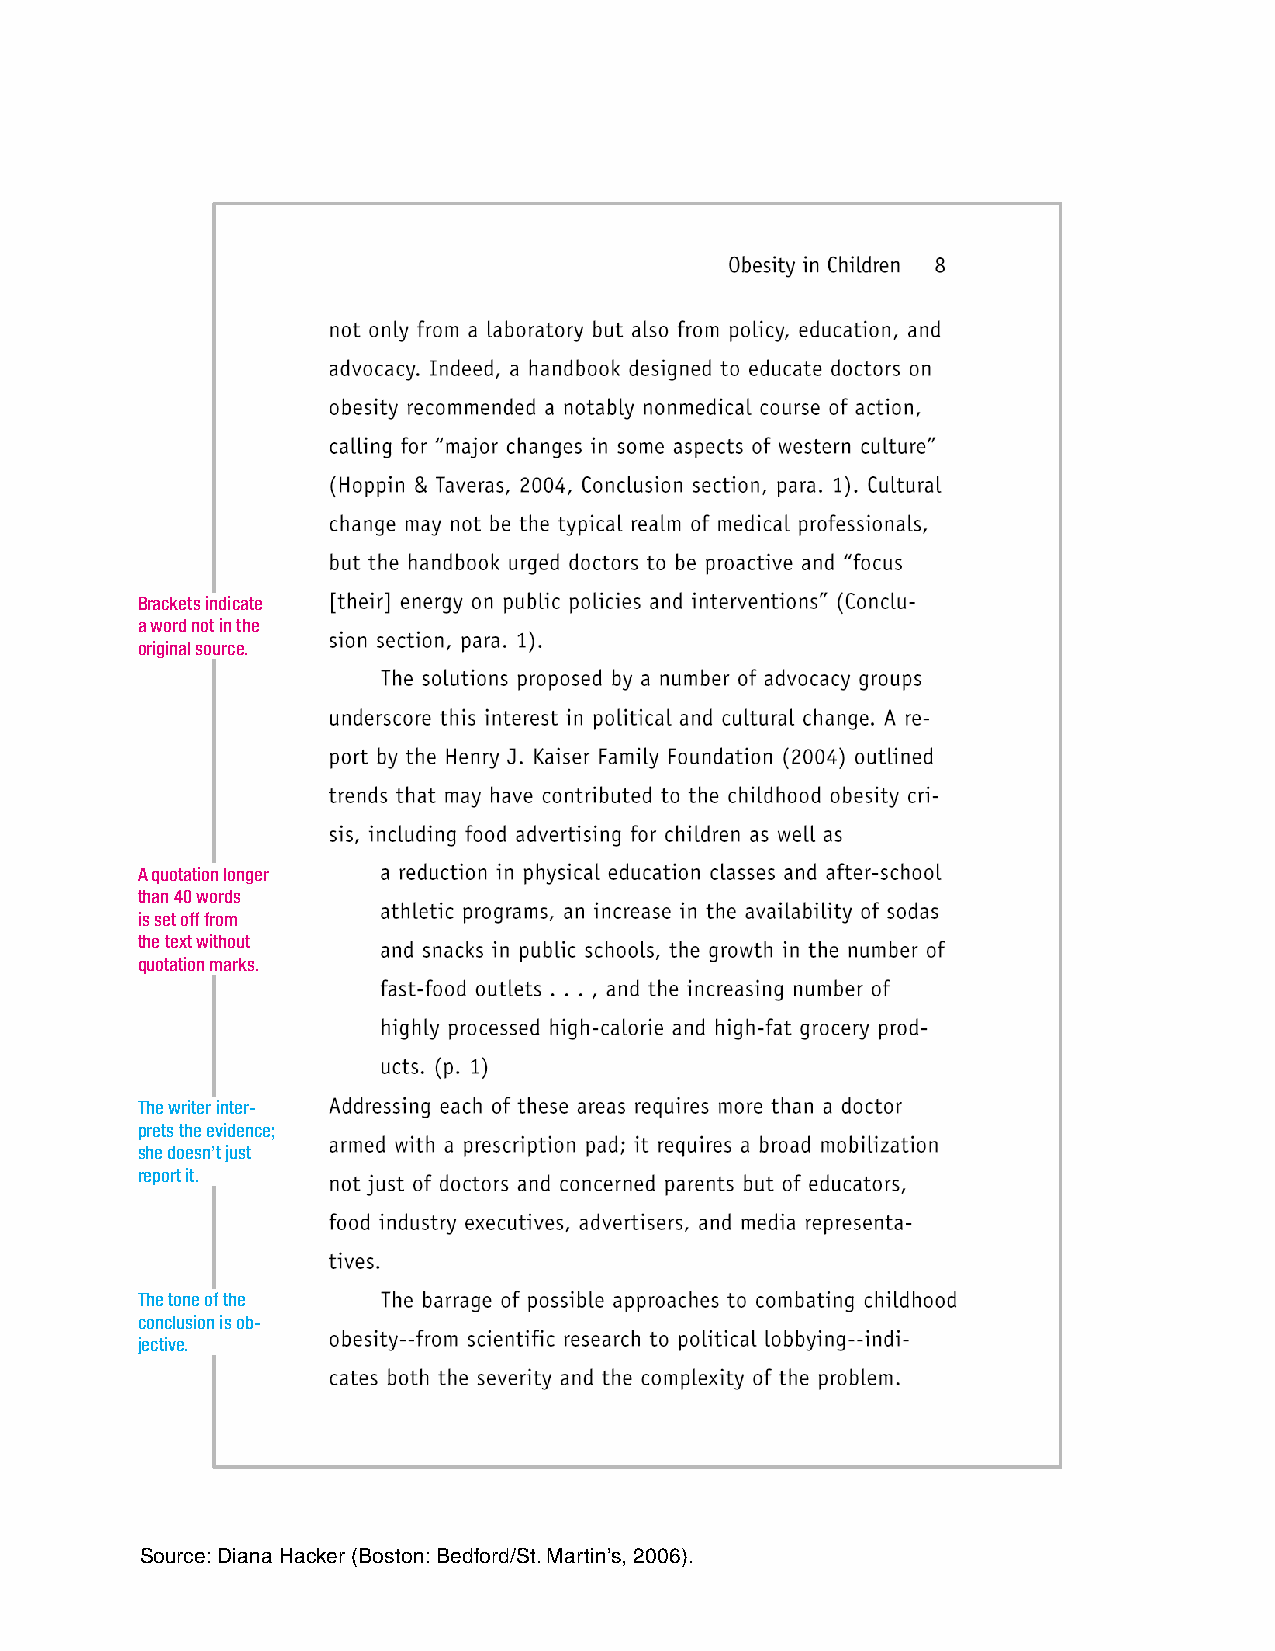
Brackets indicate
 a word not in the
 original source.
 A quotation longer
 than 40 words
 is set off from
 the text without
 quotation marks.
 The writer inter-
 prets the evidence;
 she doesn’t just
 report it.
 The tone of the
 conclusion is ob-
 jective.
 Source:Diana Hacker (Boston:Bedford/St.Martin’s, 2006).